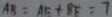
A B = A E + B E = 7